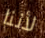
لأننا